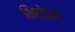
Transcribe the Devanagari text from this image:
भिदोइन्